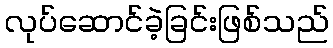
လုပ်ဆောင်ခဲ့ခြင်းဖြစ်သည်